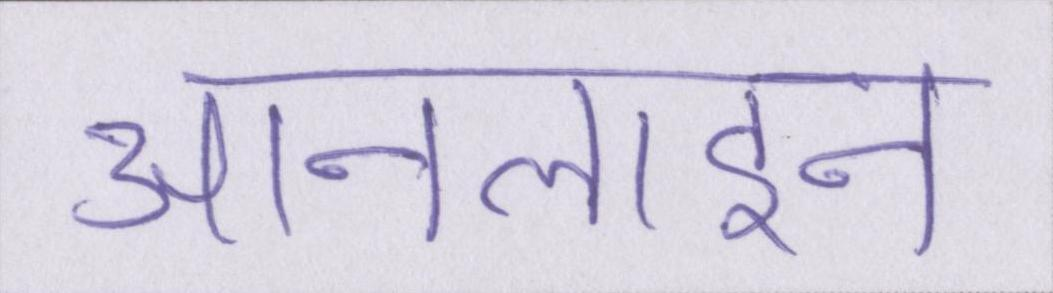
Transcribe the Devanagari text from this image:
आनलाइन